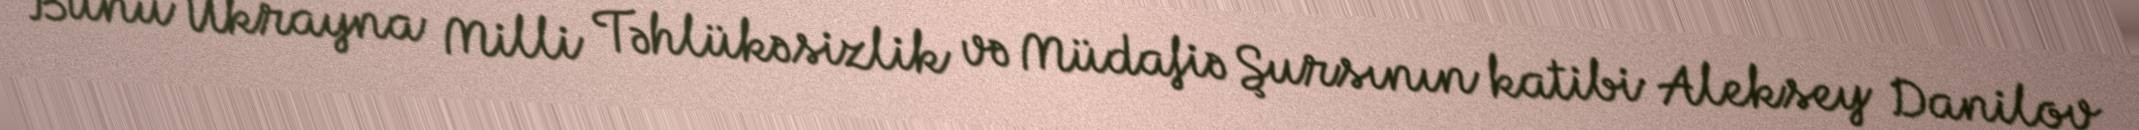
Bunu Ukrayna Milli Təhlükəsizlik və Müdafiə Şursının katibi Aleksey Danilov